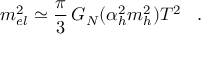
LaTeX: m _ { e l } ^ { 2 } \simeq \frac { \pi } { 3 } \, G _ { N } ( \alpha _ { h } ^ { 2 } m _ { h } ^ { 2 } ) T ^ { 2 } \; \; \; .